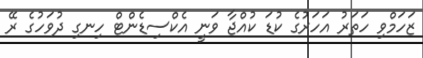
ޒަހަމްވި ހަތަރު އަހަރުގެ ކުޑަ ކުއްޖާ ވަނީ އެކްސިޑެންޓް ހިނގި ދުވަހުގެ ރޭ